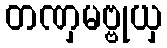
တဏှမဗ္ဗုယှ